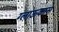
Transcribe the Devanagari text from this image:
ग्लाऊकास